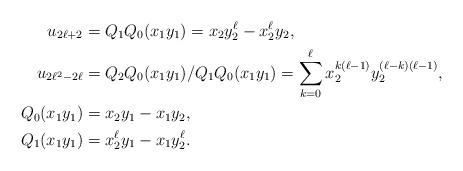
LaTeX: \begin{align*}u_{2\ell+2}&=Q_1Q_0(x_1y_1)=x_2y_2^\ell-x_2^\ell y_2, \\u_{2\ell^2-2\ell}&=Q_2 Q_0(x_1y_1)/Q_1Q_0(x_1y_1)=\sum_{k=0}^{\ell}x_2^{k(\ell-1)} y_2^{(\ell-k)(\ell-1)},\\Q_0(x_1y_1)& =x_2y_1-x_1y_2,\\Q_1(x_1y_1)& =x_2^{\ell}y_1-x_1y_2^{\ell}.\end{align*}